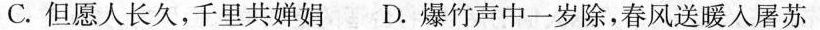
C.但愿人长久，千里共婵娟 D.爆竹声中一岁除，春风送暖入屠苏